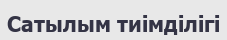
Сатылым тиімділігі